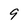
Character: 9